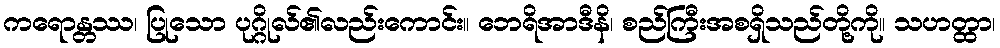
ကရောန္တဿ၊ ပြုသော ပုဂ္ဂိုလ်၏လည်းကောင်း။ ဘေရိအာဒီနိ၊ စည်ကြီးအစရှိသည်တို့ကို။ သဟတ္ထာ၊